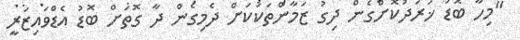
"މިހާ ބޮޑު ޚަރަދުކޮށްގެން ދިގު ޒަމާންތަކަކަށް ދެމިގެން ދާ ގޮތަށް ބޮޑު އެޑްވައިޒަރީ